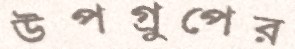
উপগ্রুপের